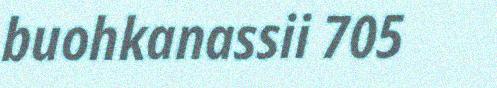
buohkanassii 705